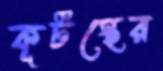
কূটস্থের